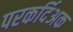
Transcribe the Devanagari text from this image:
परकर्दिअक